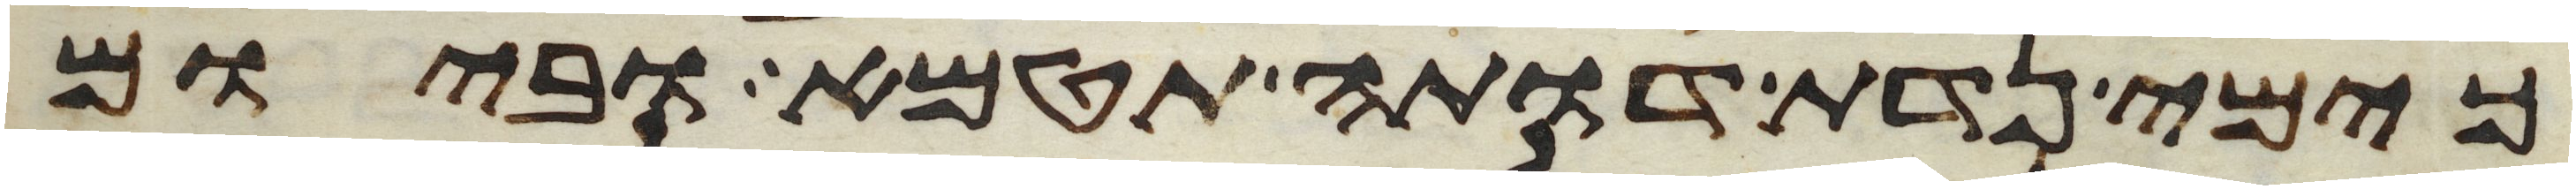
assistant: כימי נדת דותה תטמא וביום